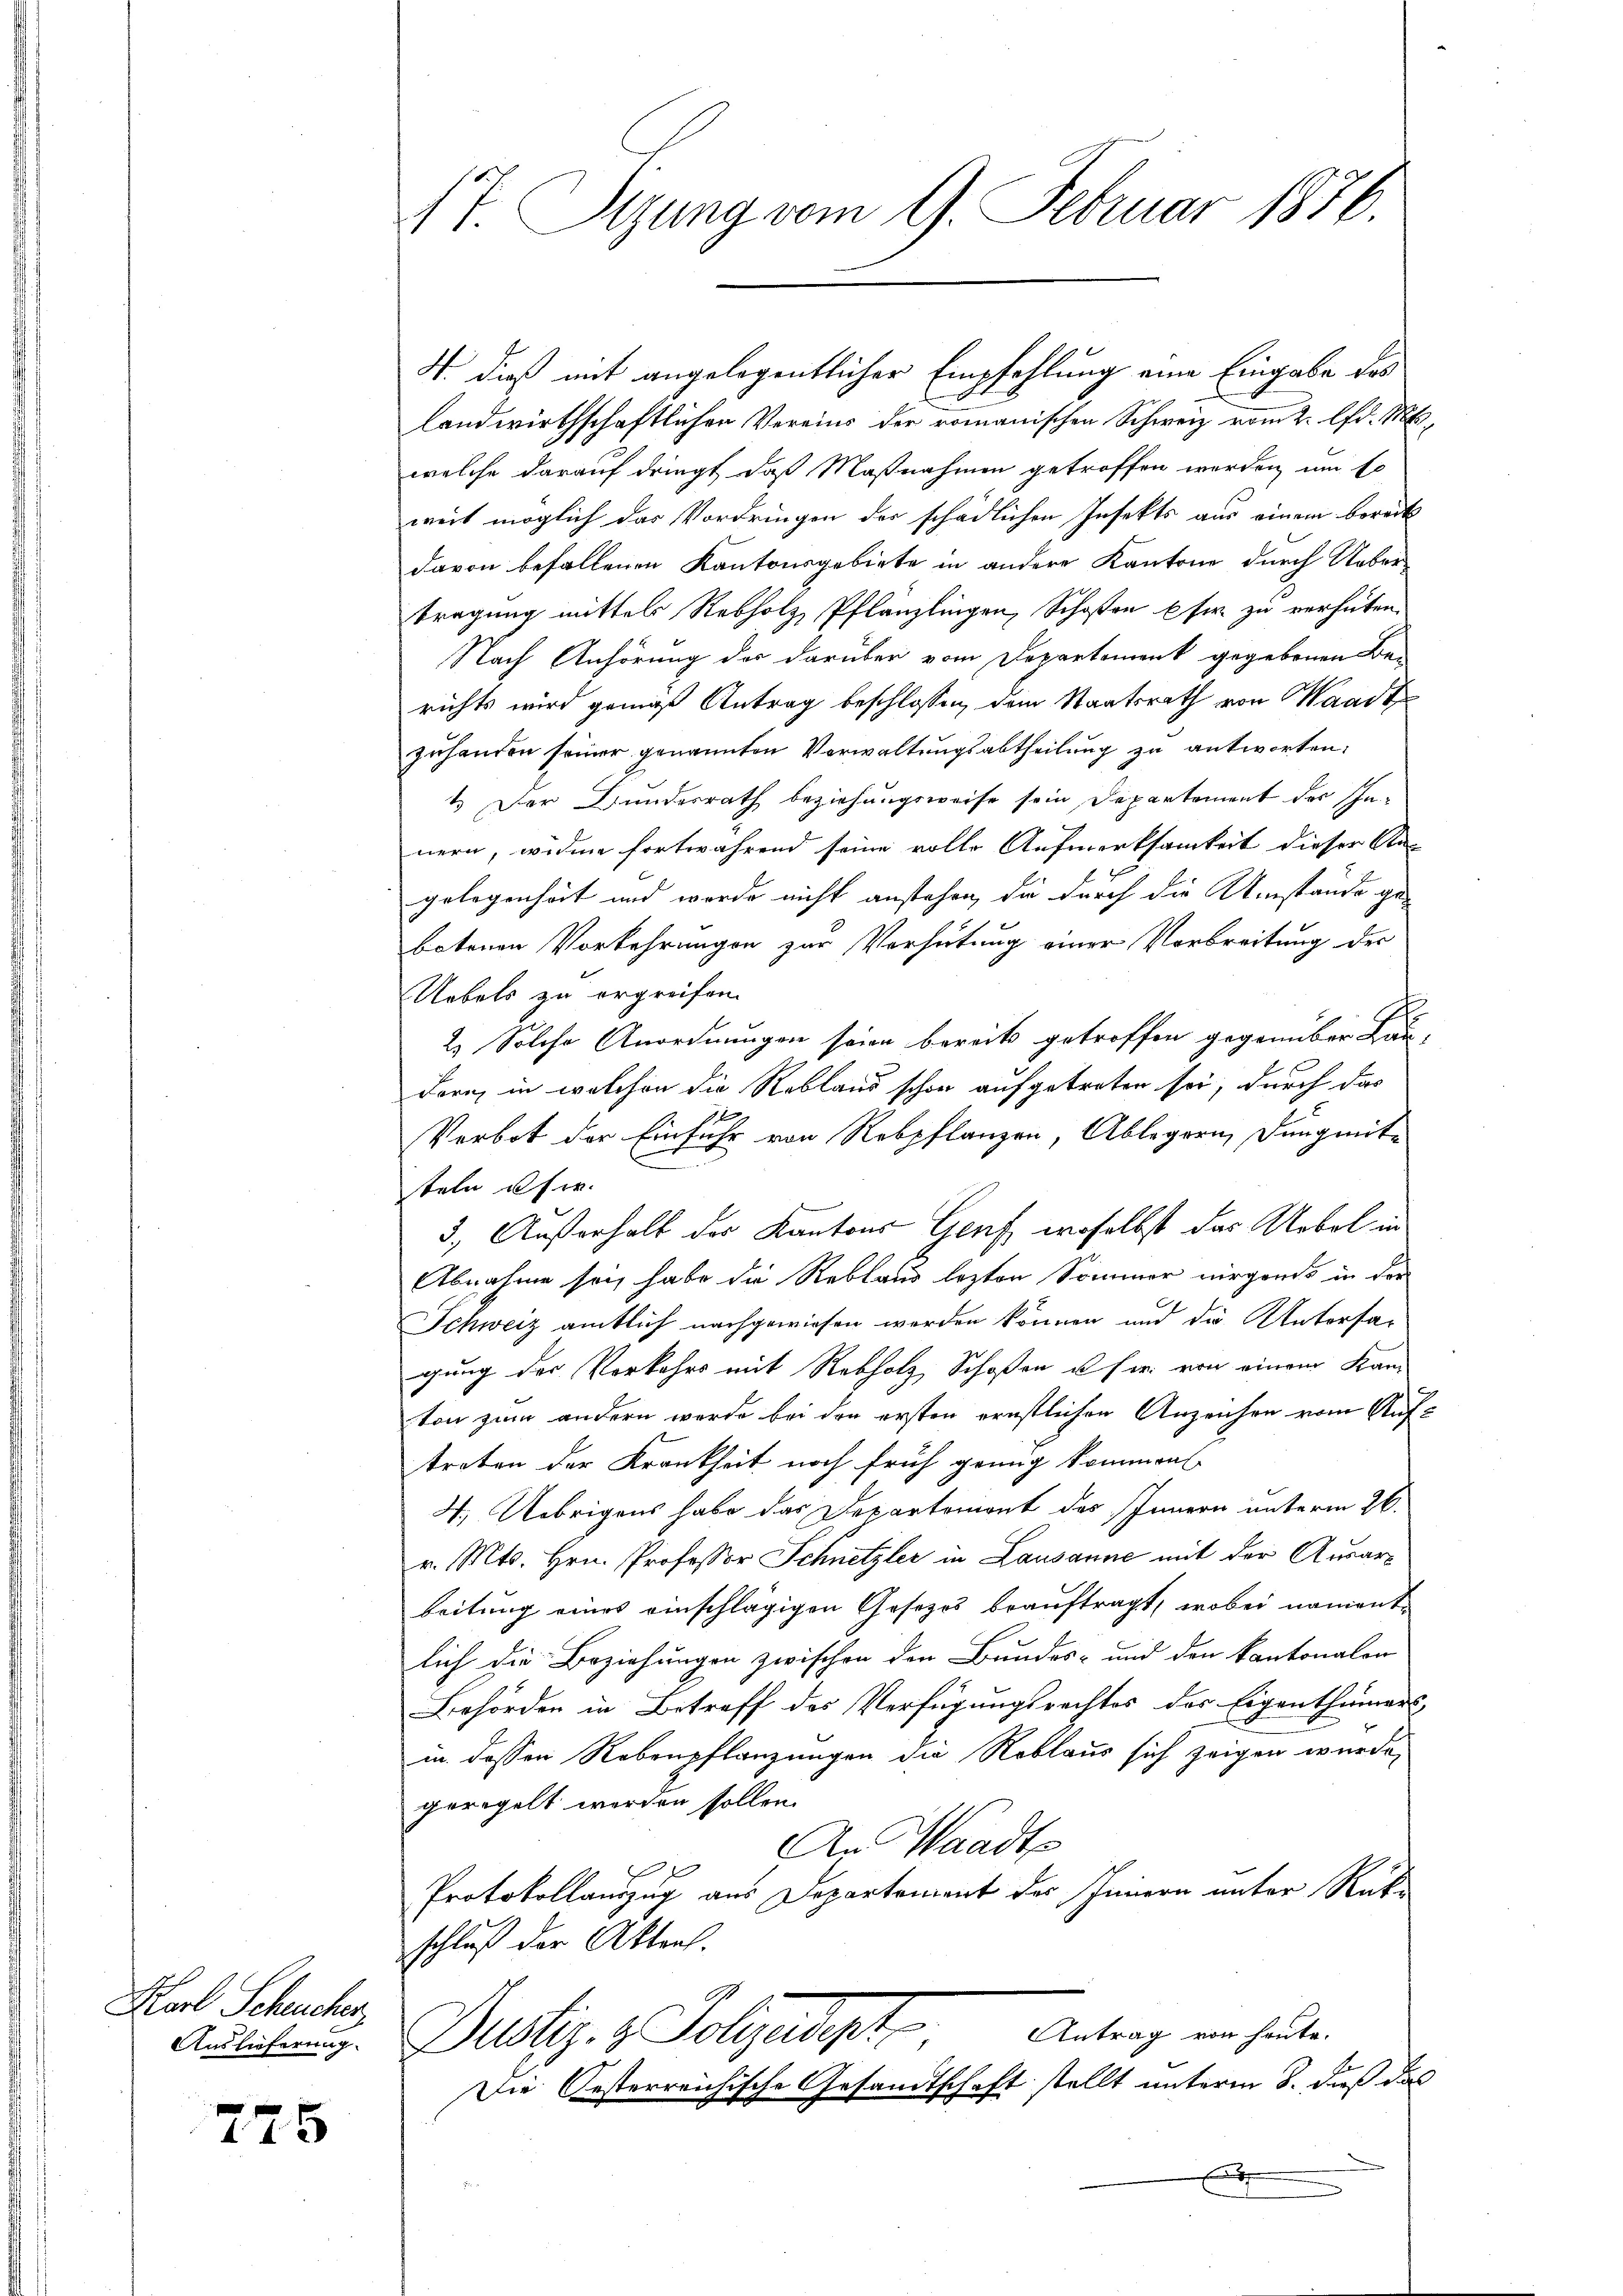
Karl Scheucher
Auslieferung.

275

landwirthschaftlichen Vereins der romanischen Schweiz vom 2. lfd. M.
welche darauf dringt, daß Maßnahmen getroffen werden, um so
weit möglich das Vordringen der schädlichen Insekts aus einem bereits
davon befallenen Kantonsgebiete in andere Kantone durch Ueber-
tragung mittel Rebholz, Pflänzlingen, Schoßen pfer zu verhüten.
Nach Anhörung des darüber vom Departement gegebenen Be-
richts wird gemäß Antrag beschlossen, dem Staatsrath von Waadt
zuhanden seiner genannten Verwaltungsabtheilung zu antworten:
1. Der Bundesrath beziehungsweise sein Departement des Innern, widme fortwährend seine volle Aufmerksamkeit dieser An-

gelegenheit und worde nicht anstehen, die durch die Umstände gebotenen Vorkehrungen zur Verhütung einer Verbreitung des
Uebels zu ergreifen.
h
2) Solche Anordnungen seien bereits getroffen gegenüber Hau
Forn, in welchen die Reblaus schon aufgetreten sei, durch das
Verbot der Einfuhr von Rebpflanzen, Ablegern, Dungmitteln user
3.) Außerhalt der Kantons Gruf, woselbst das Uebel in
Abnahme sei, habe die Reblaus lezten Sommer nirgends in der
Schweiz amtlich nachgewiesen werden können und die Matersagung der Verkehrs mit Rebholz, Schoßen u. sie von einem Kanton zum andern werde bei den ersten ernstlichen Anzeichen vom Auftreten der Krankheit noch früh genug kommen
4. Übrigens habe das Departemont des Innern unterm 26.
r. Mts. Hrn. Professor Schnetzler in Lausanne mit der Ausarbeitung eines einschlägigen Gesezes beauftragt, wobei namentlich die Beziehungen zwischen den Bundes- und den kantonalen
Behörden in Betreff des Verfügungsrechtes der Eigenthümers
in dessen Rebenpflanzungen die Reblaus sich zeigen wurde,
geregelt werden sollen.
An Waadt
Protokollauszug aus Departement des Innern unter Rat
schluß der Akten.
9
Antrag von heute.
Justiz- & Polizeidigt
Die Oesterreichische Gesandtschaft stellt unterm 8. daß da
x

17. Segung vom 9. Februar 1876

H. dieß mit angelegentlicher Empfehlung eine Eingabe des